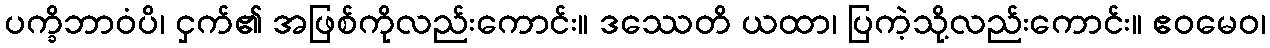
ပက္ခိဘာဝံပိ၊ ငှက်၏ အဖြစ်ကိုလည်းကောင်း။ ဒဿေတိ ယထာ၊ ပြကဲ့သို့လည်းကောင်း။ ဧဝမေဝ၊